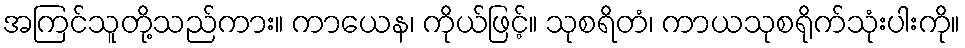
အကြင်သူတို့သည်ကား။ ကာယေန၊ ကိုယ်ဖြင့်။ သုစရိတံ၊ ကာယသုစရိုက်သုံးပါးကို။